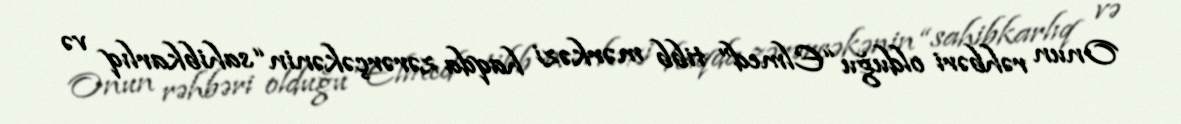
Onun rəhbəri olduğu “Elmed” tibb mərkəzi haqda zərərçəkənin “sahibkarlıq və